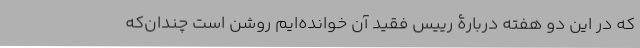
که در این دو هفته دربارۀ رییس فقید آن خوانده‌ایم روشن است چندان‌که